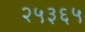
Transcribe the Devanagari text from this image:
२५३६५